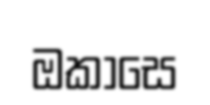
ඔකාසෙ